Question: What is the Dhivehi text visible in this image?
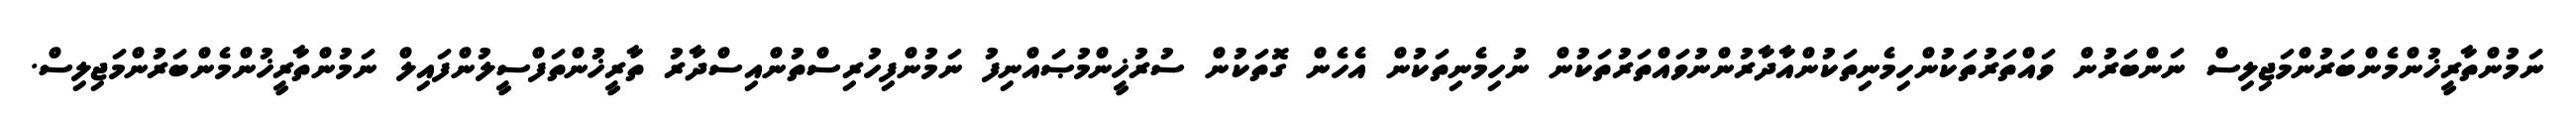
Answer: ނަމުންތާރީޚުންމެންބަރުންމަޖިލިސް ނަންބަރުން ވައްތަރުތަކުންހިމެނިތަކުންއާދާރުންނުވައްތަރުތަކުން ނުހިމެނިތަކުން އެހެން ގޮތަކުން ސުރުޚީންމުޞައްނިފު ނަމުންފިހުރިސްތުންއިސްދާރު ތާރީޚުންތަފްސީލުންފައިލް ނަމުންތާރީޚުންމެންބަރުންމަޖިލިސް.